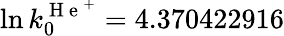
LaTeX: \ln k_{0}^{\mathrm{~H~e~}^{+}}=4.370422916